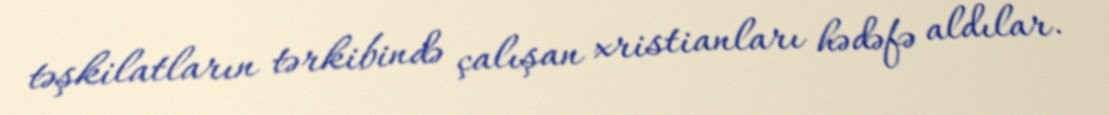
təşkilatların tərkibində çalışan xristianları hədəfə aldılar.